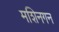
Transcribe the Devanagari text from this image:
मशिनगन